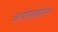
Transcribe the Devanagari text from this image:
आयोनायझेशन